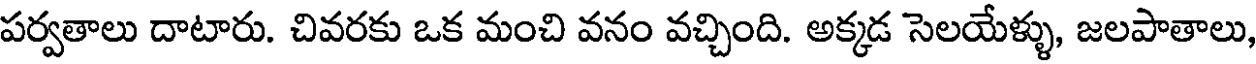
పర్వతాలు దాటారు. చివరకు ఒక మంచి వనం వచ్చింది. అక్కడ సెలయేళ్ళు, జలపాతాలు,